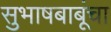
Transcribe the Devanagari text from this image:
सुभाषबाबूंचा